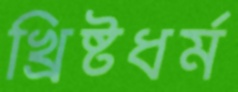
খ্রিষ্টধর্ম